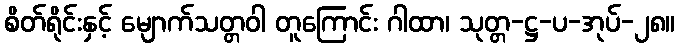
စိတ်ရိုင်းနှင့် မျောက်သတ္တဝါ တူကြောင်း ဂါထာ၊ သုတ္တ-ဋ္ဌ-ပ-အုပ်-၂၈။